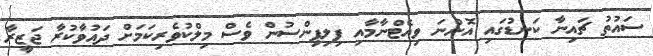
ސައުތު ޗައިނާ ކަނޑުގައި އޮންނަ ވިއެޓްނާމާއި ފިލިޕިންސުން ވެސް މިލްކުވެރިކަމަށް ދައުވާކުރާ ޖަޒީރާ